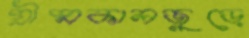
গ্রীষ্মকালজুড়ে